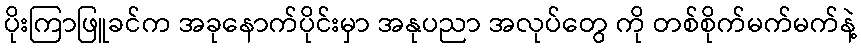
ပိုးကြာဖြူခင်က အခုနောက်ပိုင်းမှာ အနုပညာ အလုပ်တွေ ကို တစ်စိုက်မက်မက်နဲ့